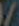
/